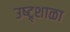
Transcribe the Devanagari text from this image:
उष्ट्र्शाळा